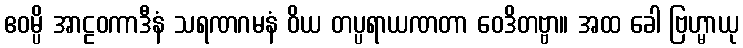
ဧဝမ္ပိ အာဠဝကာဒီနံ သရဏဂမနံ ဝိယ တပ္ပရာယဏတာ ဝေဒိတဗ္ဗာ။ အထ ခေါ ဗြဟ္မာယု